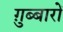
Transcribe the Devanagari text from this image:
ग़ुब्बारों